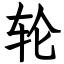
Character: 轮